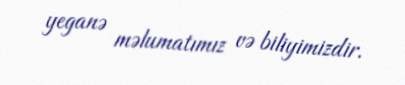
yeganə məlumatımız və biliyimizdir.